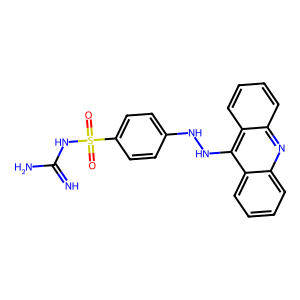
SMILES: N=C(N)NS(=O)(=O)c1ccc(NNc2c3ccccc3nc3ccccc23)cc1
Inhibits HIV replication: No